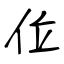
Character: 位